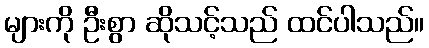
များကို ဦးစွာ ဆိုသင့်သည် ထင်ပါသည်။